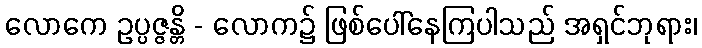
လောကေ ဥပ္ပဇ္ဇန္တိ - လောက၌ ဖြစ်ပေါ်နေကြပါသည် အရှင်ဘုရား၊